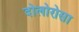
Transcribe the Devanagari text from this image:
दोलोरोसा